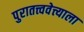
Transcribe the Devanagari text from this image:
पुरातत्त्ववेत्त्याला